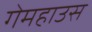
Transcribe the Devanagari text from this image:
गेमहाउस